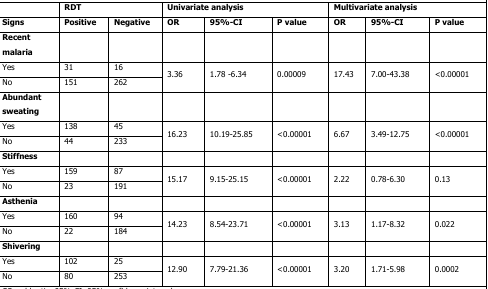
<table><thead><tr><td></td><td colspan="2"><b>RDT</b></td><td colspan="3"><b>Univariate analysis</b></td><td colspan="3"><b>Multivariate analysis</b></td></tr><tr><td><b>Signs</b></td><td><b>Positive</b></td><td><b>Negative</b></td><td><b>OR</b></td><td><b>95%-CI</b></td><td><b>P value</b></td><td><b>OR</b></td><td><b>95%-CI</b></td><td><b>P value</b></td></tr></thead><tbody><tr><td><b>Recent malaria</b></td><td></td><td></td><td></td><td></td><td></td><td></td><td></td><td></td></tr><tr><td>Yes</td><td>31</td><td>16</td><td rowspan="2">3.36</td><td rowspan="2">1.78 -6.34</td><td rowspan="2">0.00009</td><td rowspan="2">17.43</td><td rowspan="2">7.00-43.38</td><td rowspan="2">&lt;0.00001</td></tr><tr><td>No</td><td>151</td><td>262</td></tr><tr><td><b>Abundant sweating</b></td><td></td><td></td><td></td><td></td><td></td><td></td><td></td><td></td></tr><tr><td>Yes</td><td>138</td><td>45</td><td rowspan="2">16.23</td><td rowspan="2">10.19-25.85</td><td rowspan="2">&lt;0.00001</td><td rowspan="2">6.67</td><td rowspan="2">3.49-12.75</td><td rowspan="2">&lt;0.00001</td></tr><tr><td>No</td><td>44</td><td>233</td></tr><tr><td><b>Stiffness</b></td><td></td><td></td><td></td><td></td><td></td><td></td><td></td><td></td></tr><tr><td>Yes</td><td>159</td><td>87</td><td rowspan="2">15.17</td><td rowspan="2">9.15-25.15</td><td rowspan="2">&lt;0.00001</td><td rowspan="2">2.22</td><td rowspan="2">0.78-6.30</td><td rowspan="2">0.13</td></tr><tr><td>No</td><td>23</td><td>191</td></tr><tr><td><b>Asthenia</b></td><td></td><td></td><td></td><td></td><td></td><td></td><td></td><td></td></tr><tr><td>Yes</td><td>160</td><td>94</td><td rowspan="2">14.23</td><td rowspan="2">8.54-23.71</td><td rowspan="2">&lt;0.00001</td><td rowspan="2">3.13</td><td rowspan="2">1.17-8.32</td><td rowspan="2">0.022</td></tr><tr><td>No</td><td>22</td><td>184</td></tr><tr><td><b>Shivering</b></td><td></td><td></td><td></td><td></td><td></td><td></td><td></td><td></td></tr><tr><td>Yes</td><td>102</td><td>25</td><td rowspan="2">12.90</td><td rowspan="2">7.79-21.36</td><td rowspan="2">&lt;0.00001</td><td rowspan="2">3.20</td><td rowspan="2">1.71-5.98</td><td rowspan="2">0.0002</td></tr><tr><td>No</td><td>80</td><td>253</td></tr></tbody></table>